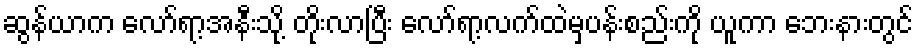
ဆွန်ယာက လော်ရာ့အနီးသို့ တိုးလာပြီး လော်ရာ့လက်ထဲမှပန်းစည်းကို ယူကာ ဘေးနားတွင်